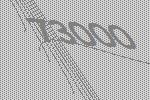
73000